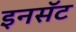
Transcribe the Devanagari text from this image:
इनसॅट